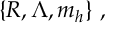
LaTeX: \{ R , \Lambda , m _ { h } \} \ ,